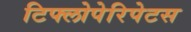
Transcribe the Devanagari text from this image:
टिफ्लोपेरिपेटस